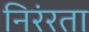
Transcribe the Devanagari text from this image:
निरंरता